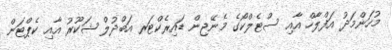
މުހަންމަދު އަފްލާހް އާއި ސްޓެލްކޯގެ މެނޭޖިން ޑައިރެކްޓަރ އަބްދުލް ޝަކޫރު އާއި ކެޕްޓަން